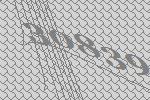
30839